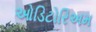
ઓડિટોરિઅમ